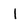
Character: 1